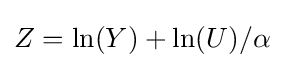
Z=\ln(Y)+\ln(U)/\alpha